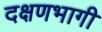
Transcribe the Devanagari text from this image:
दक्षणभागी